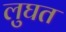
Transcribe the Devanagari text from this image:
लुघत